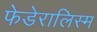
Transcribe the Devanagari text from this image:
फेडेरालिस्म